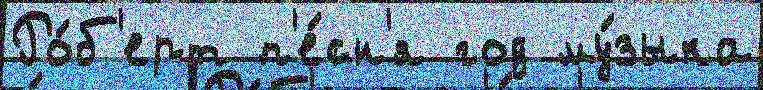
Ро́б'ерт п'е́сн'я год му́зыка